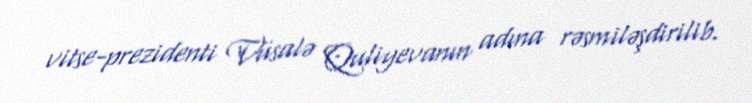
vitse-prezidenti Vüsalə Quliyevanın adına rəsmiləşdirilib.